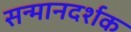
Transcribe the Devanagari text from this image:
सन्मानदर्शक